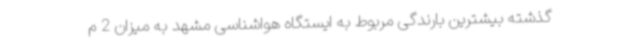
گذشته بیشترین بارندگی مربوط به ایستگاه هواشناسی مشهد به میزان 2 م